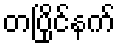
တပြိုင်နက်